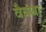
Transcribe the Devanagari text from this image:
वैयंथा